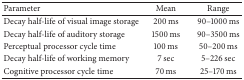
<table><thead><tr><td><b>Parameter</b></td><td><b>Mean</b></td><td><b>Range</b></td></tr></thead><tbody><tr><td>Decay half-life of visual image storage</td><td>200 ms</td><td>90–1000 ms</td></tr><tr><td>Decay half-life of auditory storage</td><td>1500 ms</td><td>90–3500 ms</td></tr><tr><td>Perceptual processor cycle time</td><td>100 ms</td><td>50–200 ms</td></tr><tr><td>Decay half-life of working memory</td><td>7 sec</td><td>5–226 sec</td></tr><tr><td>Cognitive processor cycle time</td><td>70 ms</td><td>25–170 ms</td></tr></tbody></table>